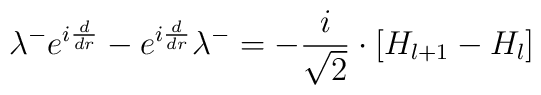
\lambda ^{-}e^{i\frac {d}{dr}}-e^{i\frac {d}{dr}}\lambda^{-}=-\frac {i}{\sqrt{2}}\cdot \left[ H_{l+1}-H_{l}\right]